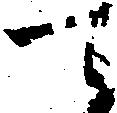
て